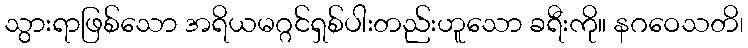
သွားရာဖြစ်သော အရိယမဂ္ဂင်ရှစ်ပါးတည်းဟူသော ခရီးကို။ နဂဝေသတိ၊